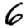
Digit: 6